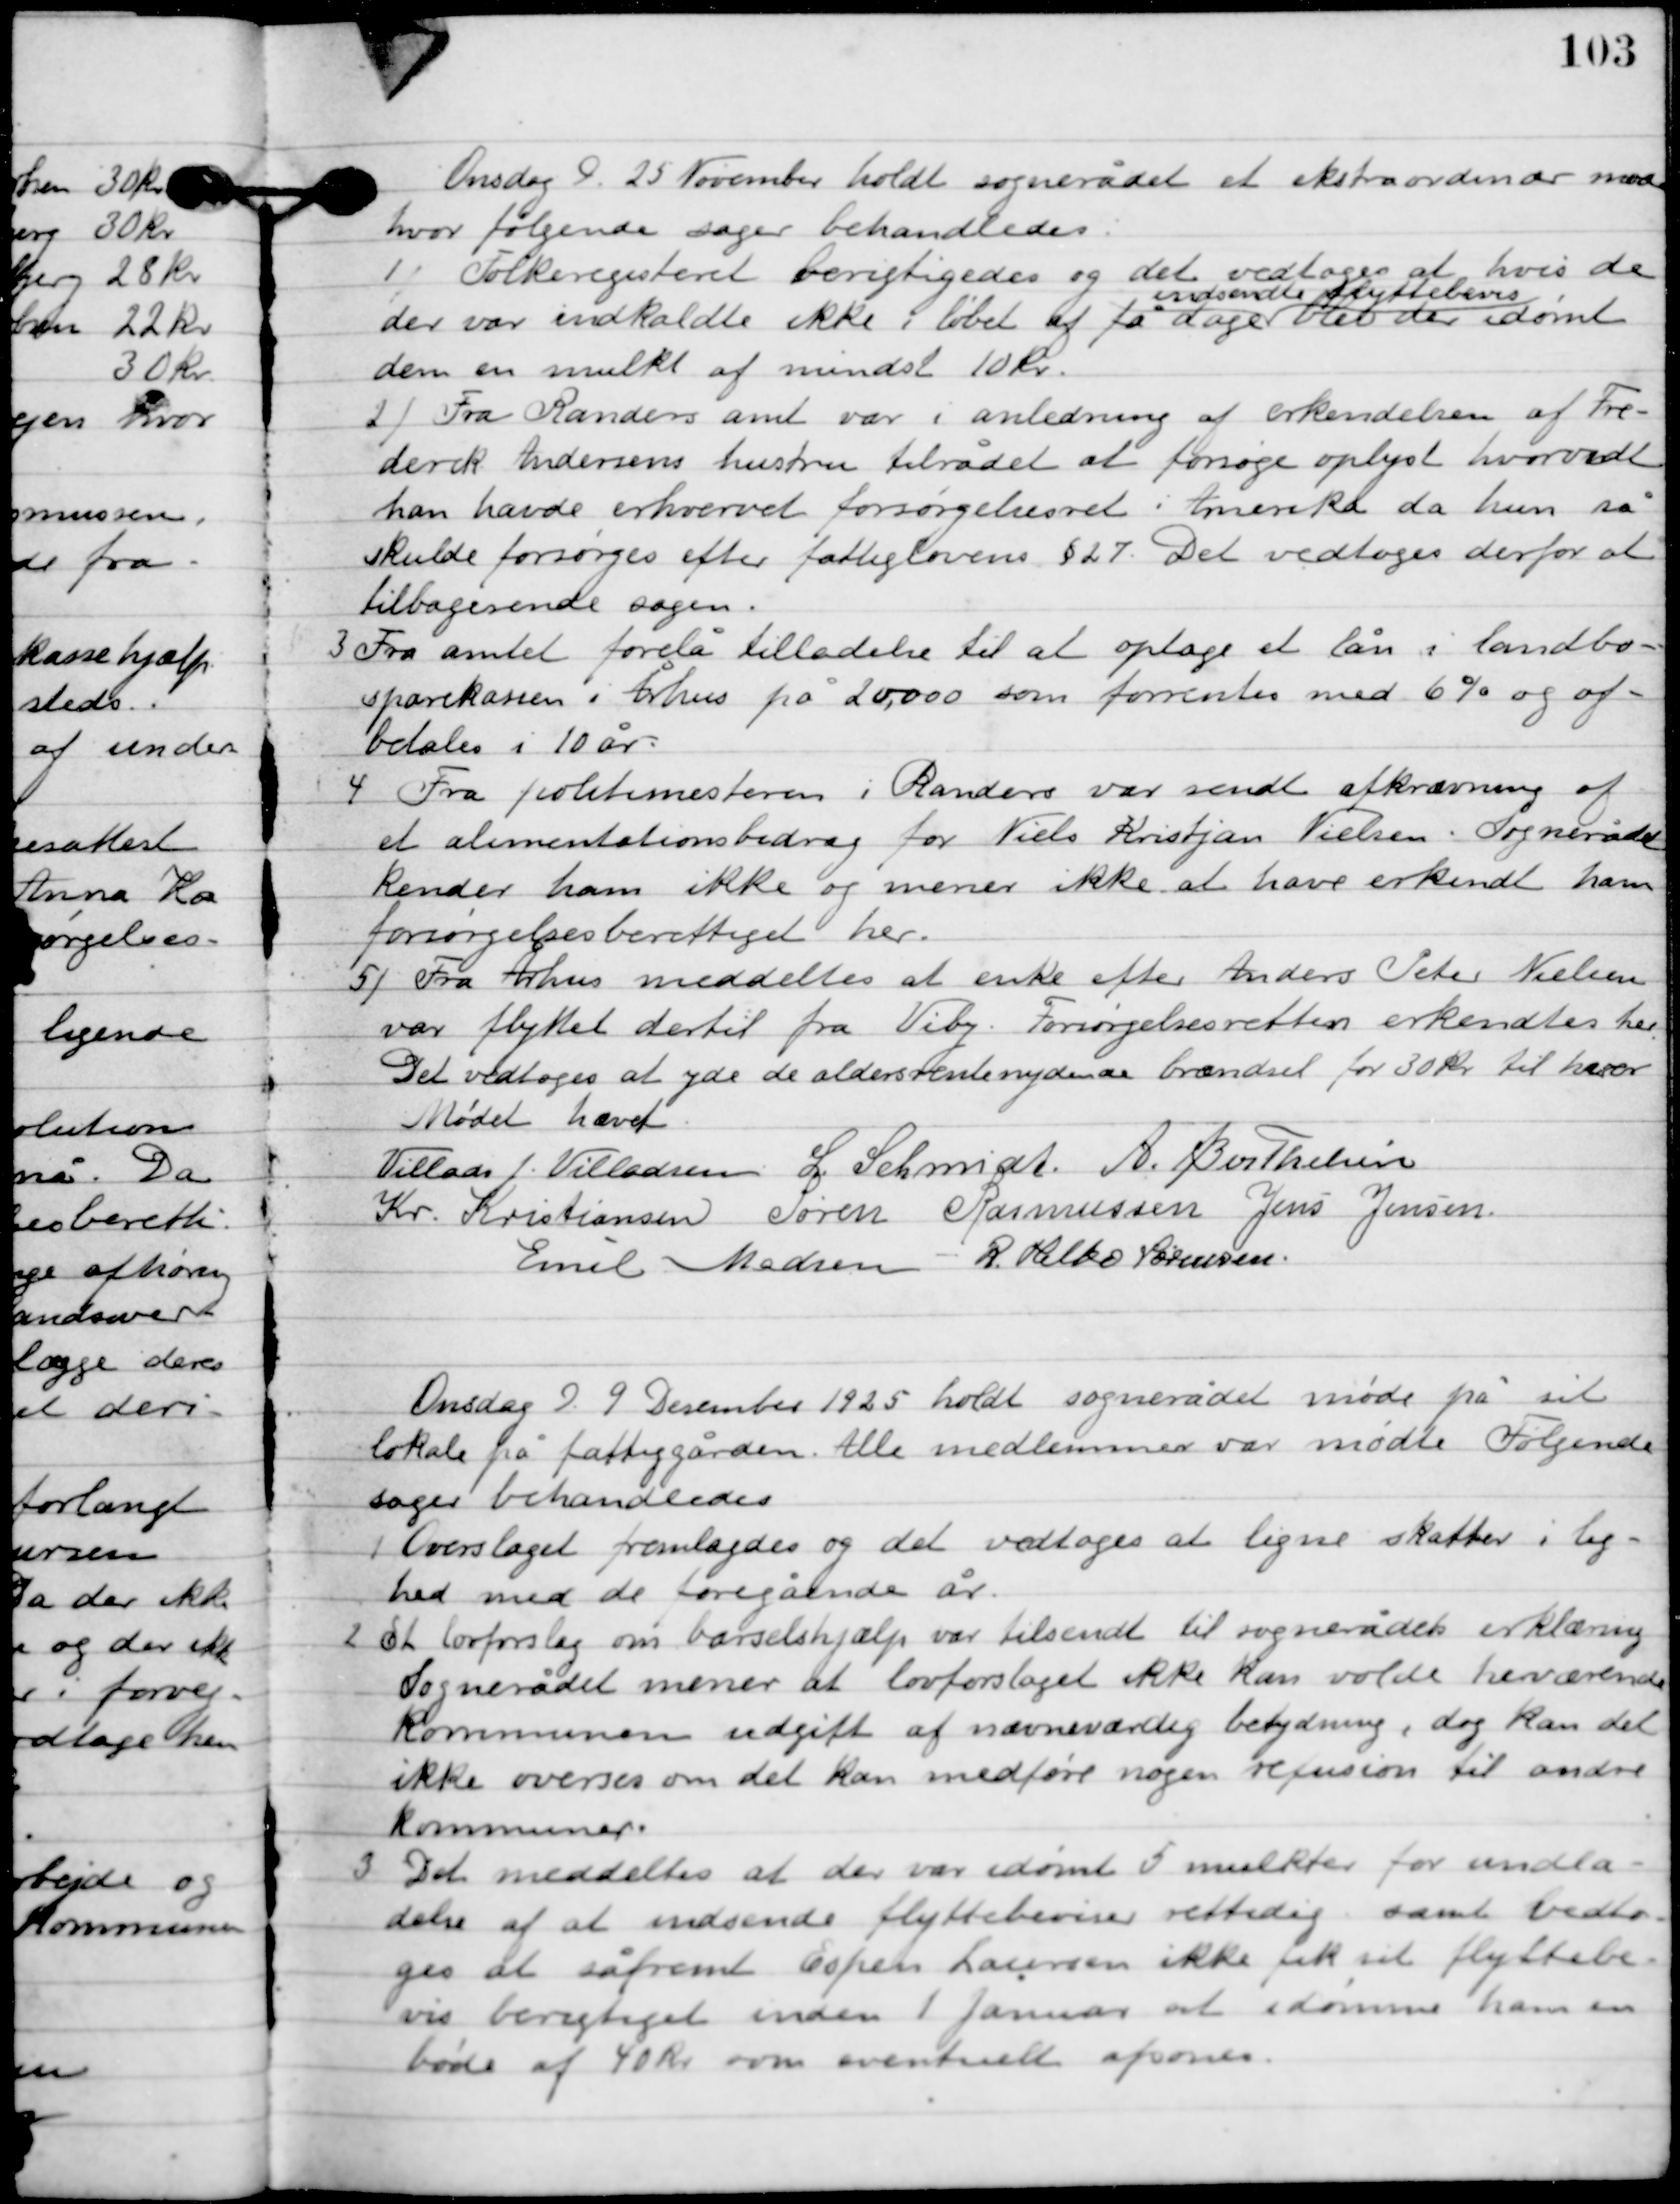
Transskription:
Onsdag D. 25. November holdt sognerådet et ekstraordinær møde,
hvor følgende sager behandledes.

1

Folkeregisteret berigtigedes og det vedtoges det hvis de
der var indkaldte ikke i løbet af få dage
indsendte flyttebevis
var der idømt
dem en mulkt af mindst 10 kr.

2

Fra Randers amt var i anledning af erkendelsen af Fre-
derik Andersens hustru tilrådet at forsøge oplyst hvorvidt
han havde erhvervet forsørgelsesret i Amerika da hun så
skulde forsørges efter fattiglovens § 27. Det vedtoges derfor at
tilbagesende sagen.

3

Fra amtet forelå tilladelse til at optage et lån i landbo-
sparekassen i Århus på 20.000 kr. som forrentes med 6 % og af-
betales i 10 år.

4

Fra politimesteren i Randers var sendt afkrævning af
et alimentationsbidrag for Niels Kristjan Nielsen. Sognerådet
kender ham ikke og mener ikke at have erkendt ham
forsørgelsesberettiget her.

5

Fra Århus meddeltes at enke efter Anders Peter Nielsen
var flyttet dertil fra Viby Forsørgelsesretten erkendtes her.
Det vedtoges at yde de alderrenteydende brændsel for 30 kr. til hver.

Mødet hævet.

Villads J. Villadsen
L. Schmidt
A. Berthelsen
Kr. Kristiansen
Søren Rasmussen
Jens Jensen
Emil Madsen
R. Helbo Sørensen.

Onsdag D. 9. december 1925 holdt sognerådet møde på sit
lokale i fattiggården. Alle medlemmer var mødte. Følgende
sager behandledes.

1

Overslaget fremlagdes og det vedtoges at ligne skatten i lig-
hed med de foregående år.

2

Et lovforslag om barselshjælp var tilsendt til sognerådet erklæring.
Sognerådet mener at lovforslaget ikke kan volde herværende
kommunen udgift af nævneværdig betydning, dog kan det
ikke overses om det kan medføre nogen refusion til andre
kommuner.

3

Det meddeltes at der var idømt 5 mulkter for undla-
delse af at indsende flyttebeviser rettidig, samt vedto-
ges at såfremt Espen Laursen ikke fik sit flyttebe-
vis berigtiget inden 1. Januar at idømme ham en
bøde af 40 kr. som eventuelt afsones.